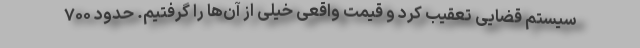
سیستم قضایی تعقیب کرد و قیمت واقعی خیلی از آن‌ها را گرفتیم. حدود ۷۰۰